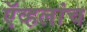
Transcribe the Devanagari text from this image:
ऍव्हलांच